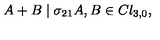
A + B \mid \sigma _ { 2 1 } A , B \in C l _ { 3 , 0 } ,